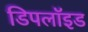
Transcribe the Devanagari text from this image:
डिपलॉइड